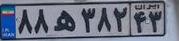
۸۸ه۳۸۲۴۳